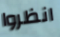
انظروا